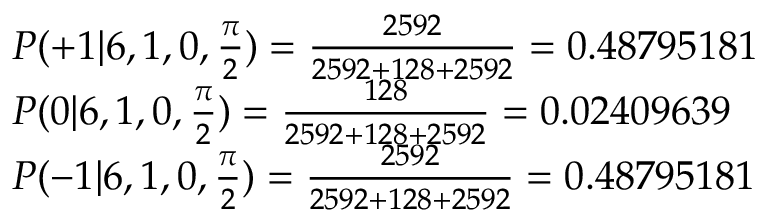
\begin{array} { l l } { P ( + 1 | 6 , 1 , 0 , \frac { \pi } { 2 } ) = \frac { 2 5 9 2 } { 2 5 9 2 + 1 2 8 + 2 5 9 2 } = 0 . 4 8 7 9 5 1 8 1 } \\ { P ( 0 | 6 , 1 , 0 , \frac { \pi } { 2 } ) = \frac { 1 2 8 } { 2 5 9 2 + 1 2 8 + 2 5 9 2 } = 0 . 0 2 4 0 9 6 3 9 } \\ { P ( - 1 | 6 , 1 , 0 , \frac { \pi } { 2 } ) = \frac { 2 5 9 2 } { 2 5 9 2 + 1 2 8 + 2 5 9 2 } = 0 . 4 8 7 9 5 1 8 1 } \end{array}